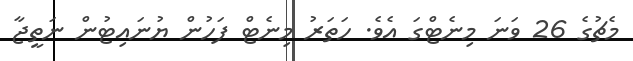
މެޗުގެ 26 ވަނަ މިނެޓްގަ އެވެ. ހަތަރު މިނެޓް ފަހުން ޔުނައިޓުން ނަތީޖާ